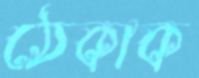
ঠেকাক